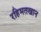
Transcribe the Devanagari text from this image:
रहिमतखान